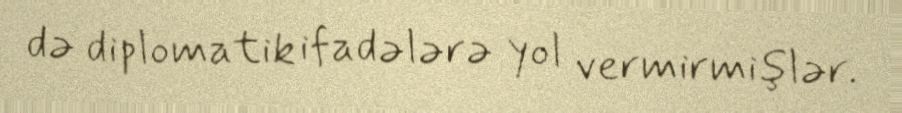
də diplomatik ifadələrə yol vermirmişlər.